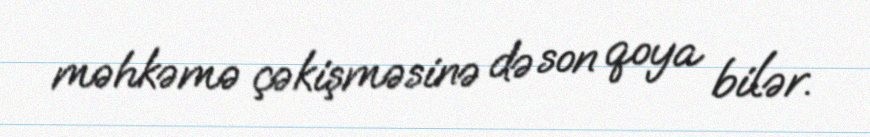
məhkəmə çəkişməsinə də son qoya bilər.